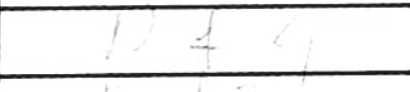
Transcription: Nf4